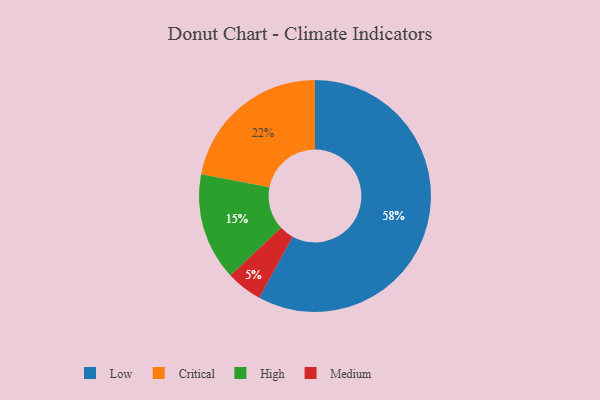
{"axis": {"x": "Category", "y": "Percentage"}, "legend": ["Critical", "High", "Low", "Medium"], "data": [{"x": "Critical", "y": 22, "type": "Critical"}, {"x": "Low", "y": 58, "type": "Low"}, {"x": "Medium", "y": 5, "type": "Medium"}, {"x": "High", "y": 15, "type": "High"}]}